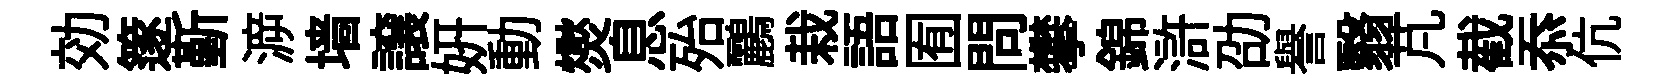
効篴斳㴑墙譲妍動爕息殆鸝栽語囿問攀錦滸劭譽翳芃截忝伉